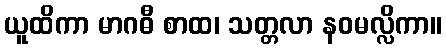
ယူထိကာ မာဂဓီ စာထ၊ သတ္တလာ နဝမလ္လိကာ။